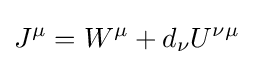
J^{\mu }=W^{\mu }+d_{\nu }U^{\nu \mu }